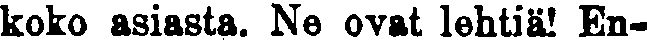
koko asiasta. Ne ovat lehtiä! En-